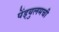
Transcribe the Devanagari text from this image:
पेंड्युलमची